Local science and art examinations and technological examinations, 1910, 1910
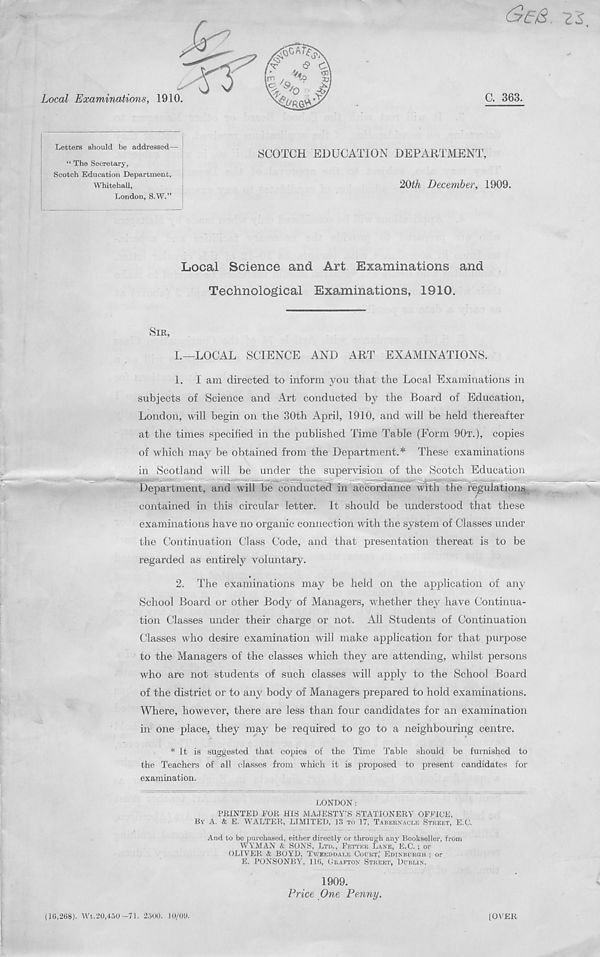
(JEB. 2S,
Local Examinations, 1910.
C. 363.
Letters should be addressed—
SCOTCH EDUCATION DEPARTMENT,
“ The Secretary,
Scotch Education Department,
Whitehall,
London, S.W.”
20th December, 1909.
Local Science and Art Examinations and
Technological Examinations, 1910.
1.—LOCAL SCIENCE AND ART EXAMINATIONS.
1. I am directed to inform you that the Local Examinations in
subjects of Science and Art conducted by the Board of Education,
London, will begin on the 30th April, 1910, and will be held thereafter
at the times specified in the published Time Table (Form 90T.), copies
of which may be obtained from the Department.* These examinations
in Scotland will be under the supervision of the Scotch Education
Department, and will be conducted in accordance with the re
contained in this circular letter. It should be understood that these
examinations have no organic connection with the system of Classes under
the Continuation Class Code, and that presentation thereat is to be
regarded as entirely voluntary.
2. The examinations may be held on the application of any
School Board or other Body of Managers, whether they have Continua-
tion Classes under their charge or not. All Students of Continuation
Classes who desire examination will make application for that purpose
to the Managers of the classes which they are attending, whilst persons
who are not students of such classes will apply to the School Board
of the district or to any body of Managers prepared to hold examinations.
Where, however, there are less than four candidates for an examination
in one place, they may be required to go to a neighbouring centre.
* It is suggested that copies of the Time Table should be furnished to
the Teachers of all classes from which it is proposed to present candidates for
examination.
LONDON:
PRINTED FOR HIS MAJESTY’S STATIONERY OFFICE,
BY A. & E. WALTER-, LIMITED, 13 TO 17, TABERNACLE STREET, E.C.
And to be purchased, either directly or through any Bookseller, from
WYMAN & SONS, LTD., FETTER LANE, E.C. ; or
OLIVER & BOYD, TWEEDDALE COURT,' EDINBURGH : or
E. PONSONBY, 116, GRAFTON STREET, DUBLIN.
(10,268). Wt.20,450-71. 2500. 10/09.
1909.
Price One Penny.
[OVER